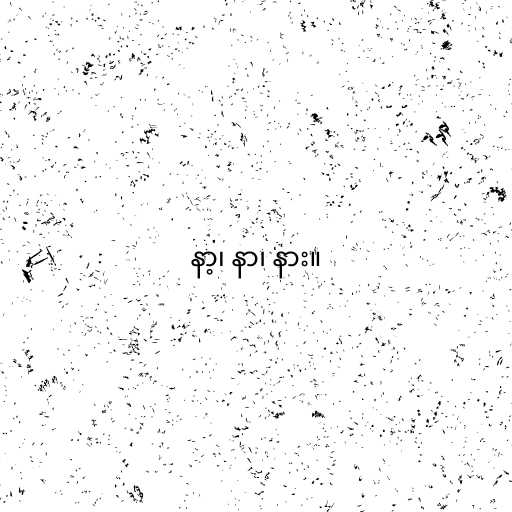
နာ့၊ နာ၊ နား။